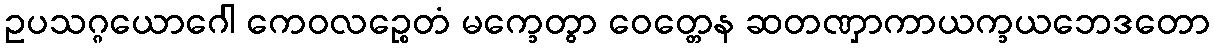
ဥပသဂ္ဂယောဂေါ ကေဝလဉ္စေတံ မက္ခေတွာ ဝေတ္တေန ဆတဏှာကာယက္ခယဘေဒတော